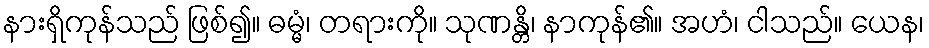
နားရှိကုန်သည် ဖြစ်၍။ ဓမ္မံ၊ တရားကို။ သုဏန္တိ၊ နာကုန်၏။ အဟံ၊ ငါသည်။ ယေန၊